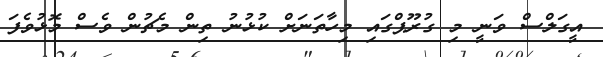
އީގަލްސް ވަނީ މި ގުރޫޕްގައި މިހާތަނަށް ކުޅުނު ތިން މެޗުން ވެސް މޮޅުވެފަ